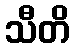
သီတိ